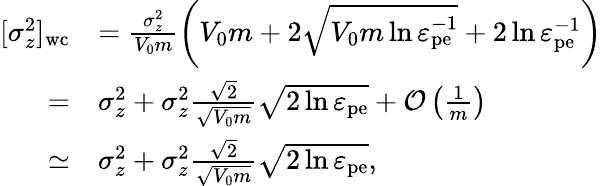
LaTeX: \begin{array}{rl}{[\sigma_{z}^{2}]_{\mathrm{wc}}}&{=\frac{\sigma_{z}^{2}}{V_{0}m}\left(V_{0}m+2\sqrt{V_{0}m\ln\varepsilon_{\mathrm{pe}}^{-1}}+2\ln\varepsilon_{\mathrm{pe}}^{-1}\right)}\\ {=}&{\sigma_{z}^{2}+\sigma_{z}^{2}\frac{\sqrt{2}}{\sqrt{V_{0}m}}\sqrt{2\ln\varepsilon_{\mathrm{pe}}}+\mathcal{O}\left(\frac{1}{m}\right)}\\ {\simeq}&{\sigma_{z}^{2}+\sigma_{z}^{2}\frac{\sqrt{2}}{\sqrt{V_{0}m}}\sqrt{2\ln\varepsilon_{\mathrm{pe}}},}\end{array}